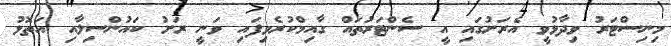
މިނިސްޓަރު ވިދާޅުވީ އެރަށުގައި އީ ސެންޓަރުތައް ގާއިމްކުރެވިފައި ވަނީ ރަށު ކައުންސިލާއި އަތޮޅު